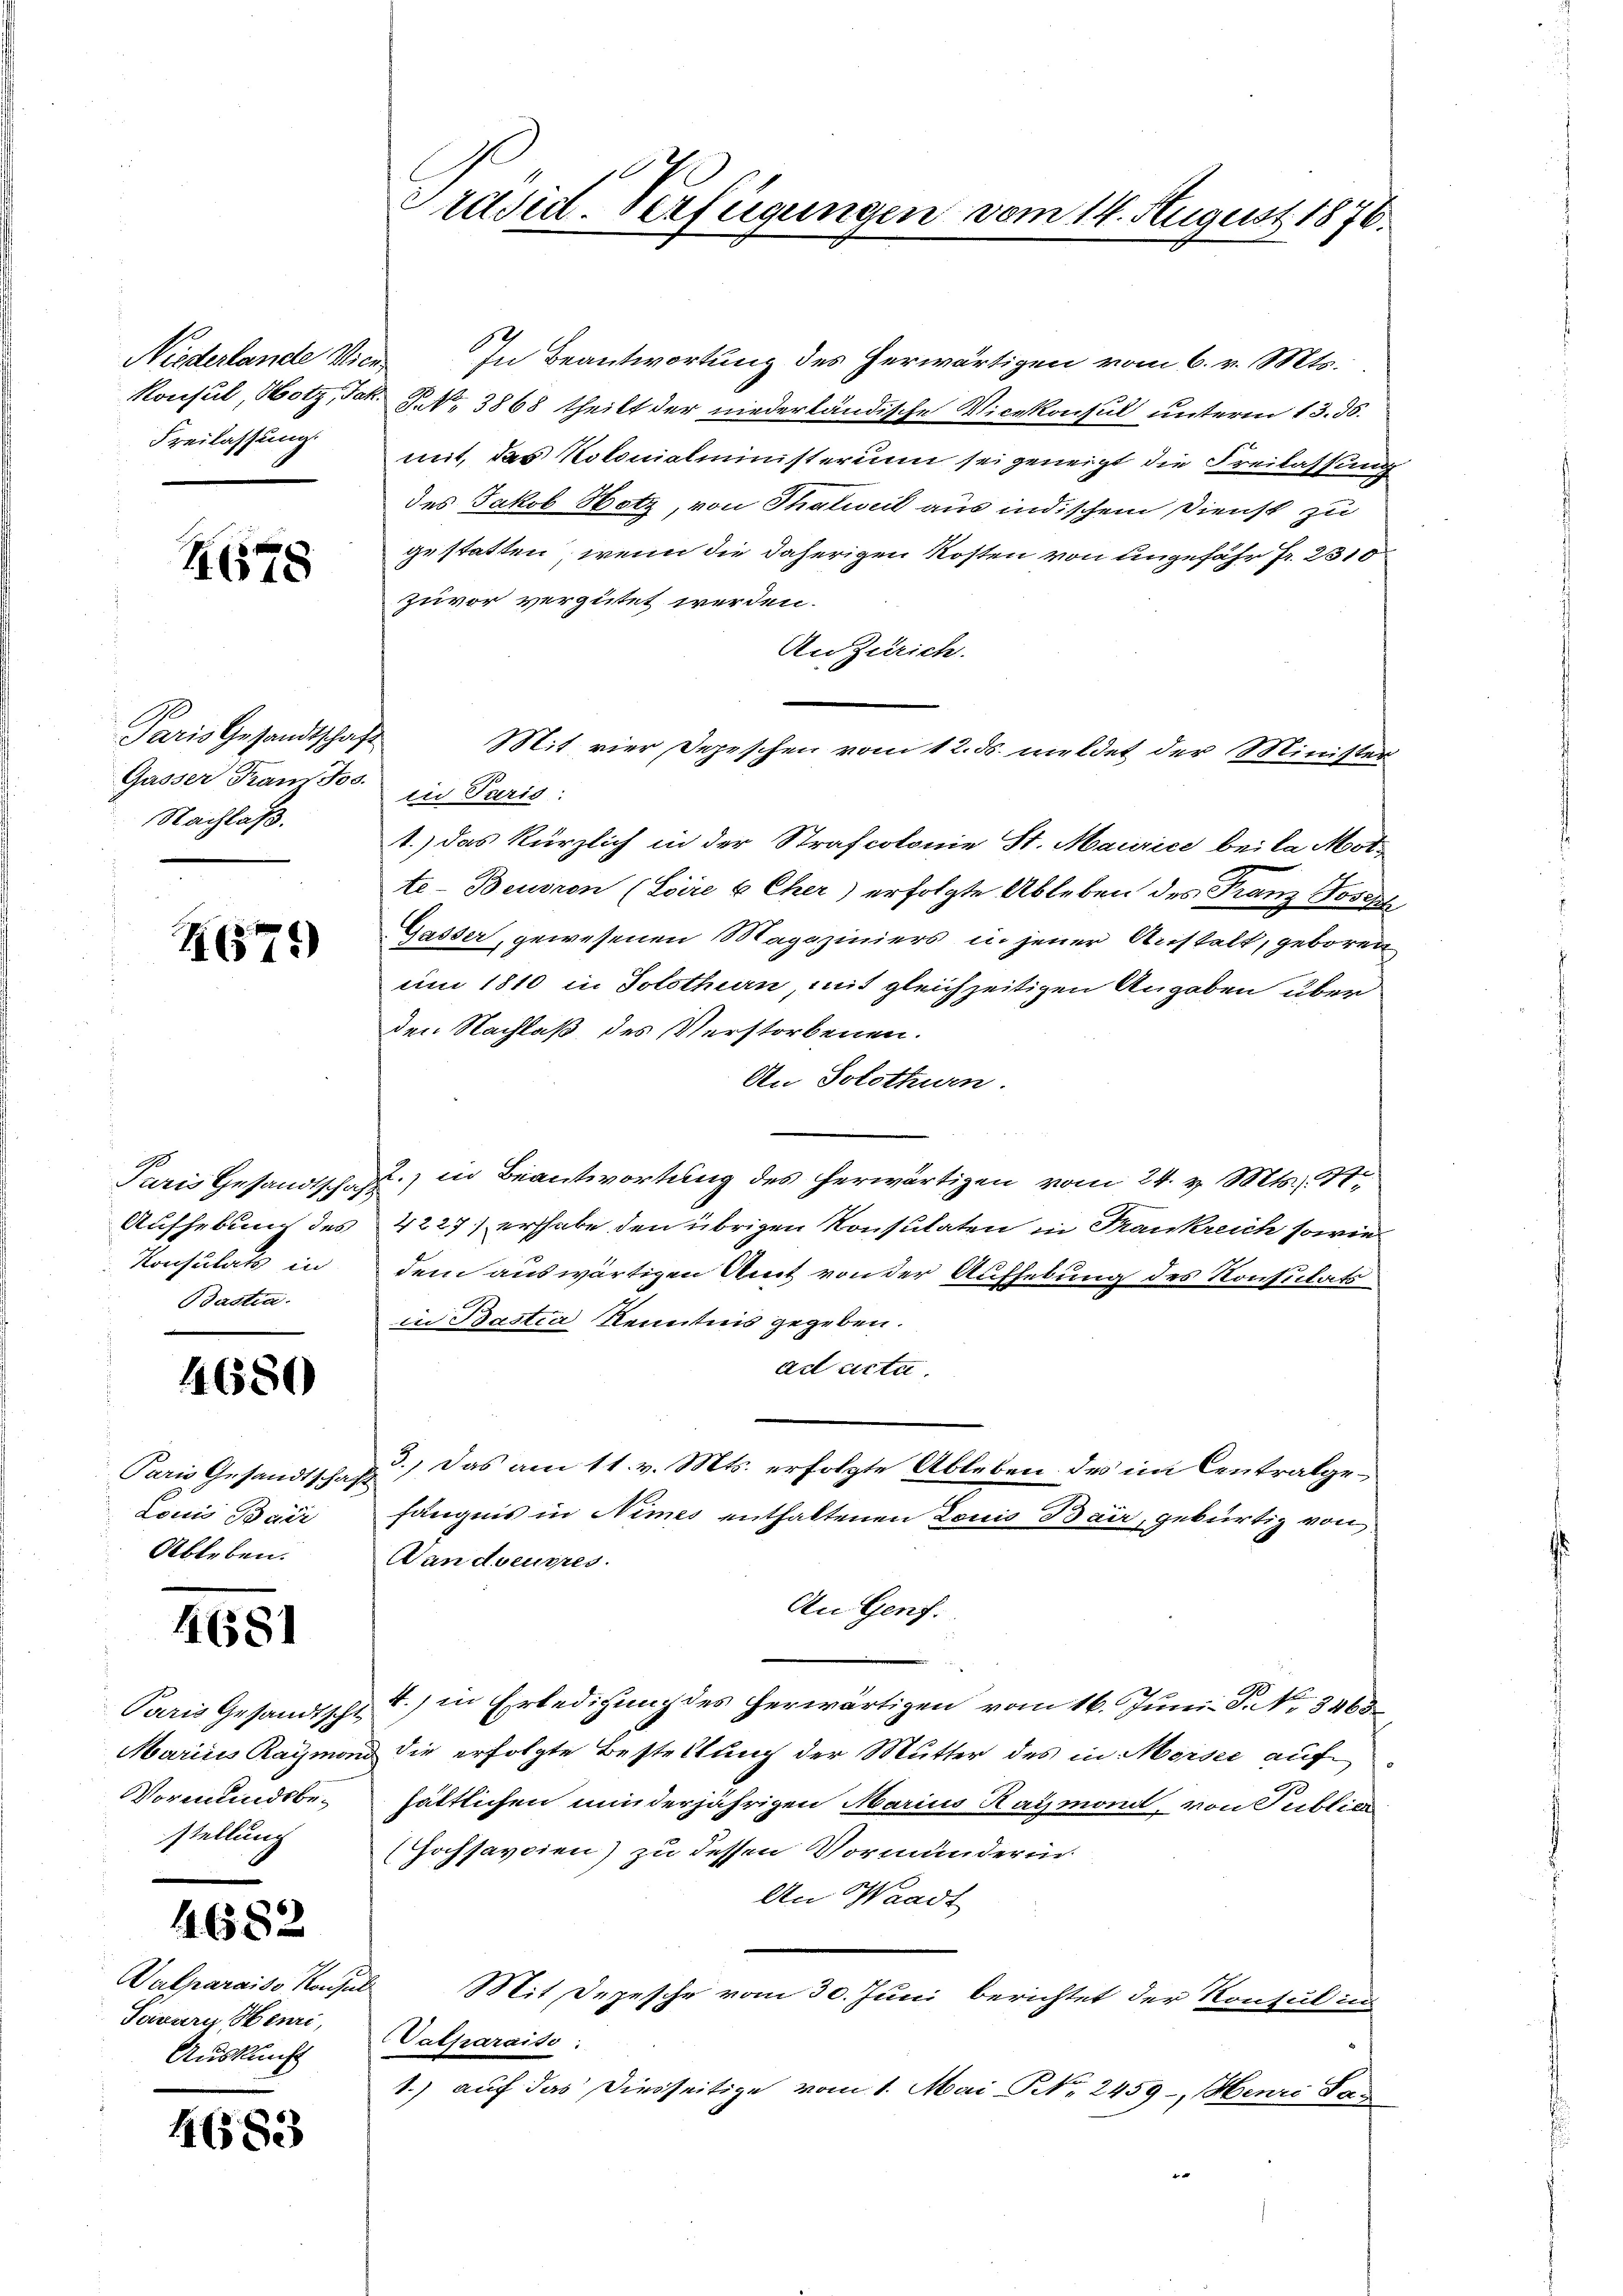
Niederlande Vice¬
Freilassung.

H678

Paris Gesandtschaft
Gasser Franz Jos.
Nachlaß.

H674)

Konsulats in
Bastia

4680

Paris Gesandtschaft
Louis Bair
Ableben.

4681

Paris Gesandtsch
Marius Raymo
Vormundsbestellung

4682

Valparaiso Konsul
Savari Henri,
Auskunft

4683

In Beantwortung des herwärtigen vom 6. v. Mts.
Konsul, Hotz, Jak. P. Nr. 3868 theilt der niederländische Vicekonsul unterm 13. ds.
mit, das Kolonialministerium sei geneigt die Freilassung
des Jakob Hotz, von Thalwil aus indischem Dienst zu
gestatten, wenn die daherigen Kosten von ungefähr fr. 2310
zuvor vergütet werden.
An Zürich.
Mit vier Depeschen vom 12. ds. meldet der Minister
in Paris
1.) das kürzlich in der Strafcolonie St. Maurice bei la Mot
te-Beusron (Loire & Cher) erfolgte Ableben des Franz Joseph
Gasser, gewesenen Magaziniers in jener Anstalt, geboren,
um 1810 in Solothurn, mit gleichzeitigen Angaben über
den Nachlaß des Verstorbenen.
An Solothurn.
Paris Gesandtsch zu in Beantwortung des herwärtigen vom 24. v. Mts., 17
Aufhebung des 4227] erhabe den übrigen Konsulaten in Frankreich sowie
dem auswärtigen Amt von der Aufhebung des Konsulati
in Bastia Kenntnis gegeben.
ad acta.
3.) Das am 11. v. Mts. erfolgte Ableben des im Centralgefängnis in Nimes enthaltenen Louis Bair, gebürtig von
Dan docuses.
An Genf.
4.) in Erledigung des herwärtigen vom 16. Juni. S. No 8463
id die erfolgte Bestellung der Mutter des in Morsee auf
hättlichen minderjährigen Marius Raymond, von Public
(Hochsavoien) zu dessen Vormunderin
An Waadt
Mit Depesche vom 30. Juni berichtet der Konsul in
Vatharaiso:
1.) auf das Diesseitige vom 1. Mai NNo. 2459-, Henri Tas
d

Präsid. Verfügungen vom 14. August 1876.